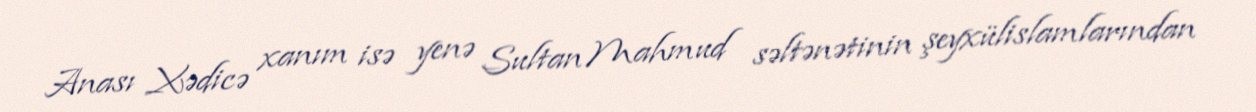
Anası Xədicə xanım isə yenə Sultan Mahmud səltənətinin şeyxülislamlarından